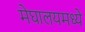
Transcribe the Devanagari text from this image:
मेघालयमध्ये